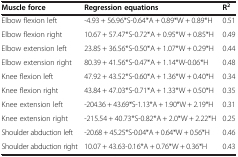
<table><thead><tr><td><b>Muscle force</b></td><td><b>Regression equations</b></td><td><b>R<sup>2</sup></b></td></tr></thead><tbody><tr><td>Elbow flexion left</td><td>-4.93 + 56.96*S-0.64*A + 0.89*W + 0.89*H</td><td>0.51</td></tr><tr><td>Elbow flexion right</td><td>10.67 + 57.47*S-0.72*A + 0.95*W + 0.85*H</td><td>0.49</td></tr><tr><td>Elbow extension left</td><td>23.85 + 36.56*S-0.50*A + 1.07*W + 0.29*H</td><td>0.44</td></tr><tr><td>Elbow extension right</td><td>80.39 + 41.56*S-0.47*A + 1.14*W-0.06*H</td><td>0.48</td></tr><tr><td>Knee flexion left</td><td>47.92 + 43.52*S-0.60*A + 1.36*W + 0.40*H</td><td>0.34</td></tr><tr><td>Knee flexion right</td><td>43.84 + 47.03*S-0.71*A + 1.33*W + 0.50*H</td><td>0.35</td></tr><tr><td>Knee extension left</td><td>-204.36 + 43.69*S-1.13*A + 1.90*W + 2.19*H</td><td>0.31</td></tr><tr><td>Knee extension right</td><td>-215.54 + 40.73*S-0.82*A + 2.0*W + 2.22*H</td><td>0.25</td></tr><tr><td>Shoulder abduction left</td><td>-20.68 + 45.25*S-0.04*A + 0.64*W + 0.56*H</td><td>0.46</td></tr><tr><td>Shoulder abduction right</td><td>10.07 + 43.63-0.16*A + 0.76*W + 0.36*H</td><td>0.43</td></tr></tbody></table>